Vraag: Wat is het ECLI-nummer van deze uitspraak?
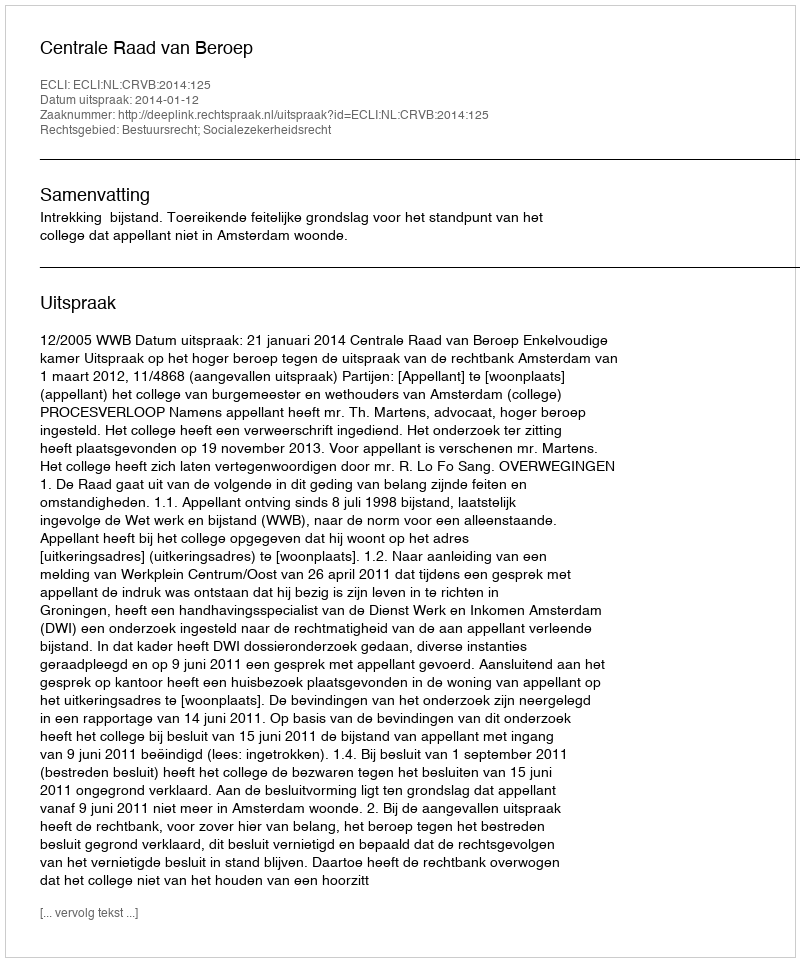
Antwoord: ECLI:NL:CRVB:2014:125